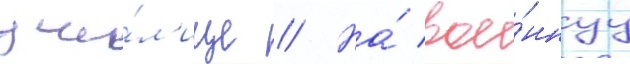
учи́л'ище // На́ вое́ннуу